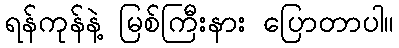
ရန်ကုန်နဲ့ မြစ်ကြီးနား ပြောတာပါ။